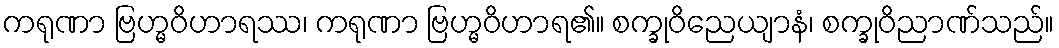
ကရုဏာ ဗြဟ္မဝိဟာရဿ၊ ကရုဏာ ဗြဟ္မဝိဟာရ၏။ စက္ခုဝိညေယျာနံ၊ စက္ခုဝိညာဏ်သည်။